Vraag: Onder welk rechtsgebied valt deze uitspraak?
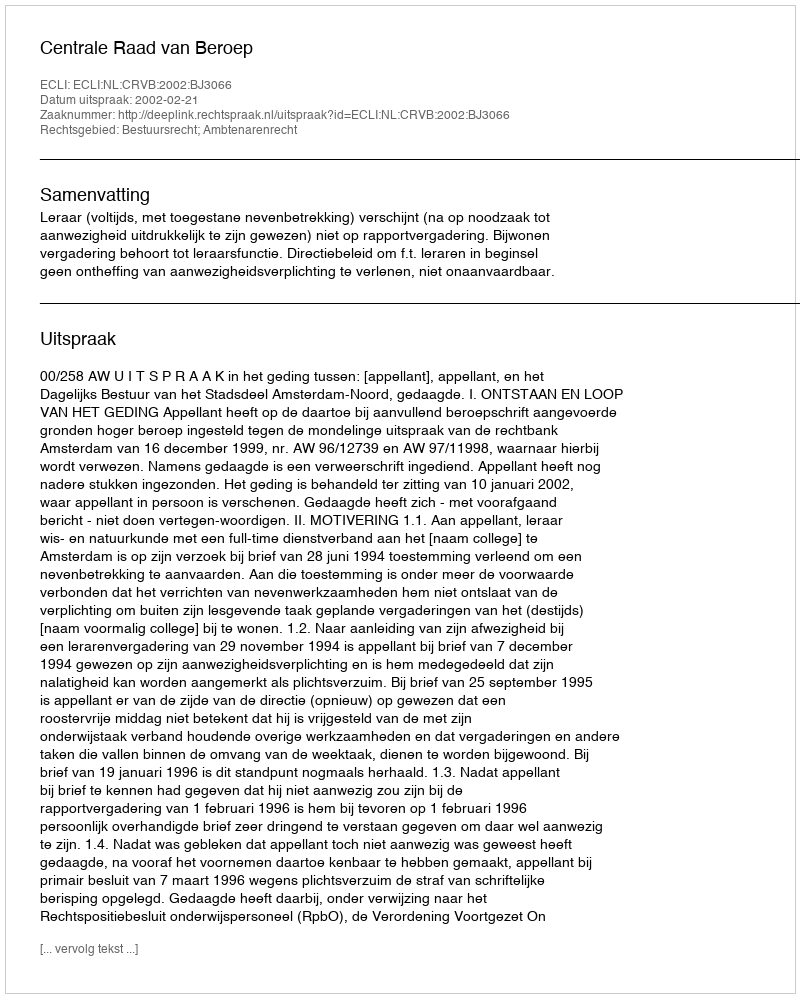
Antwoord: Bestuursrecht; Ambtenarenrecht